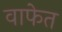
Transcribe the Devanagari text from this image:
वाफेत